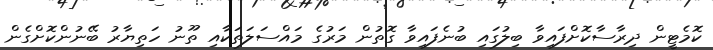
ކޮމެޓީން ދިރާސާކޮށްފައިވާ ބިލުގައި ބުނެފައިވާ ގޮތުން މަރުގެ މައްސަލަތަކާއި ތޫނު ހަތިޔާރު ބޭނުންކޮށްގެން